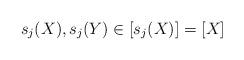
LaTeX: \begin{align*} s_j(X), s_j(Y)\in [s_j(X)] = [X]\end{align*}